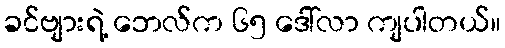
ခင်ဗျားရဲ့ ဘေလ်က ၆၅ ဒေါ်လာ ကျပါတယ်။